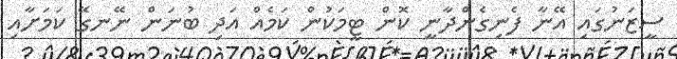
ސީޒަނުގައި އޭނާ ފެނިގެންދާނީ ކޮން ޓީމަކުން ކަމެއް އަދި ބުނަން ނޭނގޭ ކަމަށާއި